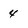
Character: 4